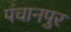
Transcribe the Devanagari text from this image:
पंचानपुर